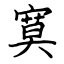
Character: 寞